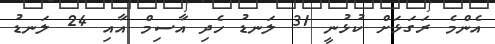
އެންމެ ރަގަޅަށް ކުޅުނީ 31 ލަނޑު ހެދި އާސިމް އާއި 24 ލަނޑު